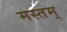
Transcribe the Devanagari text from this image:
मस्तम्